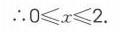
\(\therefore 0\leqslant x\leqslant 2\).